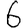
Digit: 6